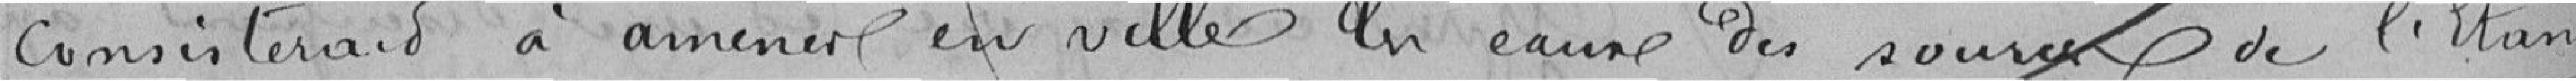
consisterait à amener en ville les eaux des sources de l'Etang